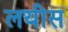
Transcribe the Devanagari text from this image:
लयीस